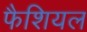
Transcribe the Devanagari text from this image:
फैशियल